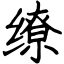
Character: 缭